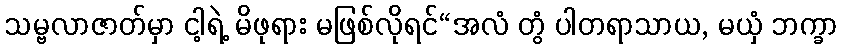
သမ္ဗလာဇာတ်မှာ ငါ့ရဲ့ မိဖုရား မဖြစ်လိုရင်“အလံ တွံ ပါတရာသာယ, မယှံ ဘက္ခာ